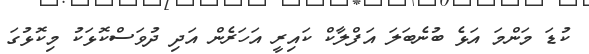
ކުޑަ މަންމަ އަޅެ ބުނެބަލަ އަފްލާކް ކައިރީ އަހަރެން އަދި ދުވަސްކޮޅަކު މިކޮޅުގަ